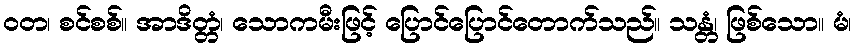
ဝတ၊ စင်စစ်။ အာဒိတ္တံ၊ သောကမီးဖြင့် ပြောင်ပြောင်တောက်သည်။ သန္တံ၊ ဖြစ်သော။ မံ၊